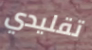
تقليدي